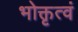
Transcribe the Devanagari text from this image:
भोक्तृत्वं